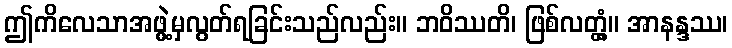
ဤကိလေသာအဖွဲ့မှလွတ်ရခြင်းသည်လည်း။ ဘဝိဿတိ၊ ဖြစ်လတ္တံ့။ အာနန္ဒဿ၊